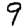
Digit: 9